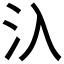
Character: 𣱿